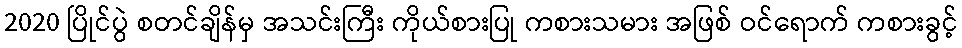
2020 ပြိုင်ပွဲ စတင်ချိန်မှ အသင်းကြီး ကိုယ်စားပြု ကစားသမား အဖြစ် ဝင်ရောက် ကစားခွင့်